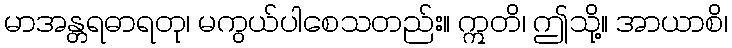
မာအန္တရဓာရတု၊ မကွယ်ပါစေသတည်း။ ဣတိ၊ ဤသို့။ အာယာစိ၊